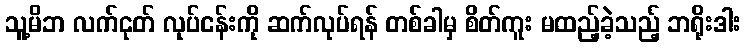
သူ့မိဘ လက်ငုတ် လုပ်ငန်းကို ဆက်လုပ်ရန် တစ်ခါမှ စိတ်ကူး မထည့်ခဲ့သည့် ဘရိုးဒါး